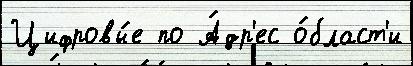
Цифровы́е по А́др'ес о́бласт'и